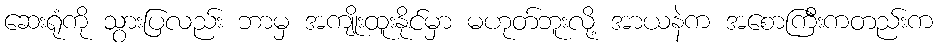
ဆေးရုံကို သွားပြလည်း ဘာမှ အကျိုးထူးနိုင်မှာ မဟုတ်ဘူးလို့ အာယနဲက အစောကြီးကတည်းက